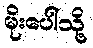
မိုးပေါ်သို့